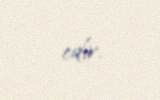
edir.